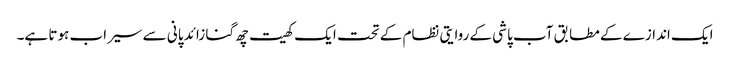
ایک اندازے کے مطابق آب پاشی کے روایتی نظام کے تحت ایک کھیت چھ گنا زائد پانی سے سیراب ہوتا ہے۔